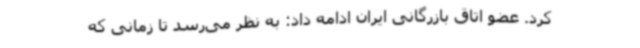
کرد. عضو اتاق بازرگانی ایران ادامه داد: به نظر می‌رسد تا زمانی که